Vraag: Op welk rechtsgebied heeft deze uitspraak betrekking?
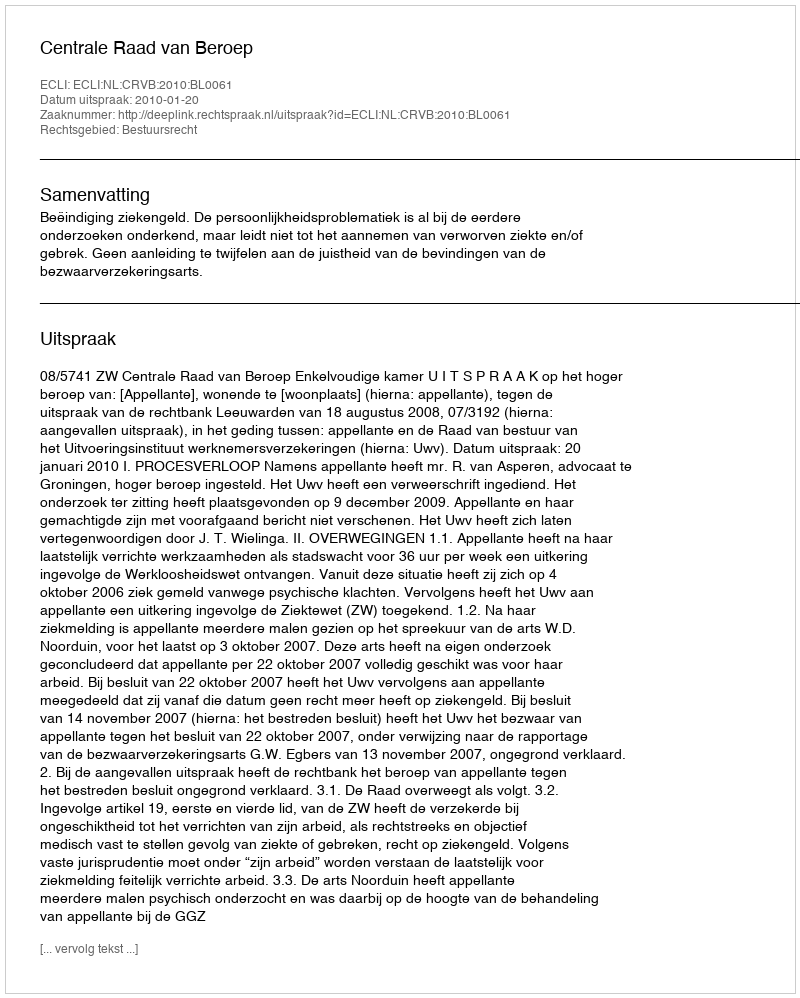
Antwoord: Bestuursrecht